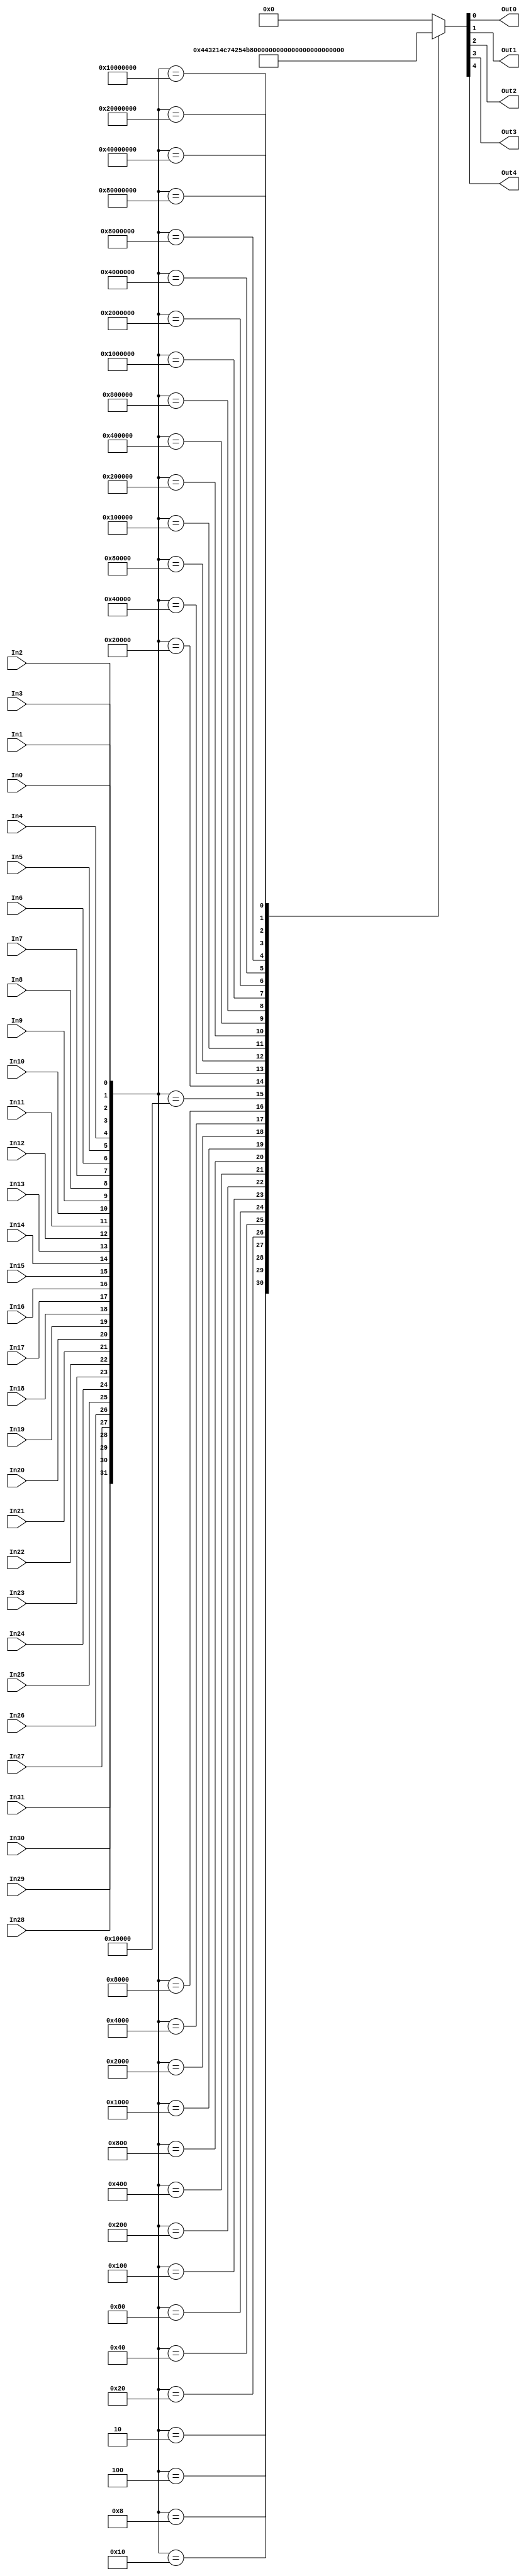
// 35 - 5 bit encoder, used in the multidirectional bus
module encoder32to5( In0, In1, In2, In3, In4, In5, In6, In7,
									In8, In9, In10, In11, In12, In13, 
									In14, In15, In16, In17, In18, In19,
									In20, In21, In22, In23, In24, In25,
									In26, In27, In28, In29, In30, In31,
									Out0, Out1, Out2, Out3, Out4);
// input ports 
	input In0;
	input In1;
	input In2;
	input In3;
	input In4;
	input In5;
	input In6;
	input In7;
	input In8;
	input In9;
	input In10;
	input In11;
	input In12;
	input In13;
	input In14;
	input In15;
	input In16;
	input In17;
	input In18;
	input In19;
	input In20;
	input In21;
	input In22;
	input In23;
	input In24;
	input In25;
	input In26;
	input In27;
	input In28;
	input In29;
	input In30;
	input In31;
// output ports
output Out0, Out1, Out2, Out3, Out4;

// Internal Variables 
reg [4:0] binOut; 

// join all ins to get 31:0
wire [31:0] encoderIn;
assign encoderIn = {In31, In30, In29, In28, In27, In26,
							In25, In24, In23, In22, In21, In20, 
							In19, In18, In17, In16, In15, In14,
							In13, In12, In11, In10, In9, In8, 
							In7, In6, In5, In4, In3, In2, In1,
							In0}; 


assign Out0 = binOut[0];
assign Out1 = binOut[1];
assign Out2 = binOut[2];
assign Out3 = binOut[3];
assign Out4 = binOut[4];

// start 
always @ (encoderIn)
begin
binOut = 0; 
case (encoderIn) 
32'h0002 : binOut = 1; 
32'h0004 : binOut = 2; 
32'h0008 : binOut = 3; 
32'h0010 : binOut = 4;
32'h0020 : binOut = 5; 
32'h0040 : binOut = 6; 
32'h0080 : binOut = 7; 
32'h0100 : binOut = 8;
32'h0200 : binOut = 9;
32'h0400 : binOut = 10; 
32'h0800 : binOut = 11; 
32'h1000 : binOut = 12; 
32'h2000 : binOut = 13; 
32'h4000 : binOut = 14; 
32'h8000 : binOut = 15; 
32'h10000 : binOut = 16; 
32'h20000 : binOut = 17; 
32'h40000 : binOut = 18; 
32'h80000 : binOut = 19;
32'h100000 : binOut = 20; 
32'h200000 : binOut = 21; 
32'h400000 : binOut = 22; 
32'h800000 : binOut = 23;
32'h1000000 : binOut = 24;
32'h2000000 : binOut = 25; 
32'h4000000 : binOut = 26; 
32'h8000000 : binOut = 27; 
32'h10000000 : binOut = 28; 
32'h20000000 : binOut = 29; 
32'h40000000 : binOut = 30; 
32'h80000000 : binOut = 31; 
endcase

/*Out0 = binOut[0];
Out1 = binOut[1];
Out2 = binOut[2];
Out3 = binOut[3];
Out4 = binOut[4];*/


end

endmodule